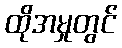
ထိုအမှုတွင်